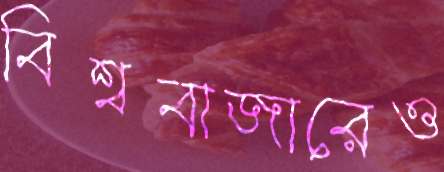
বিশ্ববাজারেও